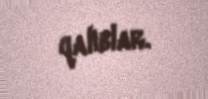
qalıblar.